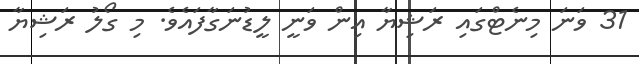
31 ވަނަ މިނެޓްގައި ރަޝިޔާ އިން ވަނީ ލީޑުނަގާފައެވެ. މި ގޯލު ރަޝިޔާ